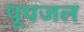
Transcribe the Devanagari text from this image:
पूयजल